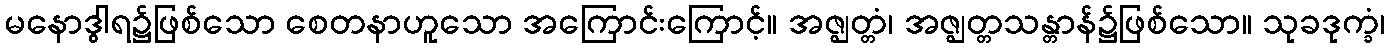
မနောဒွါရ၌ဖြစ်သော စေတနာဟူသော အကြောင်းကြောင့်။ အဇ္ဈတ္တံ၊ အဇ္ဈတ္တသန္တာန်၌ဖြစ်သော။ သုခဒုက္ခံ၊